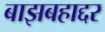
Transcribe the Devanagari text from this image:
बाझबहाद्दर